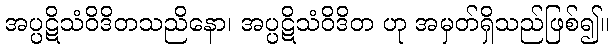
အပ္ပဋိသံဝိဒိတသညိနော၊ အပ္ပဋိသံဝိဒိတ ဟု အမှတ်ရှိသည်ဖြစ်၍။